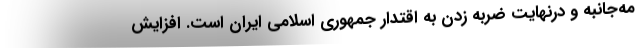
مه‌جانبه و درنهایت ضربه زدن به اقتدار جمهوری اسلامی ایران است. افزایش